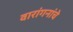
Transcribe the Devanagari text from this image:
वारांगनांचे